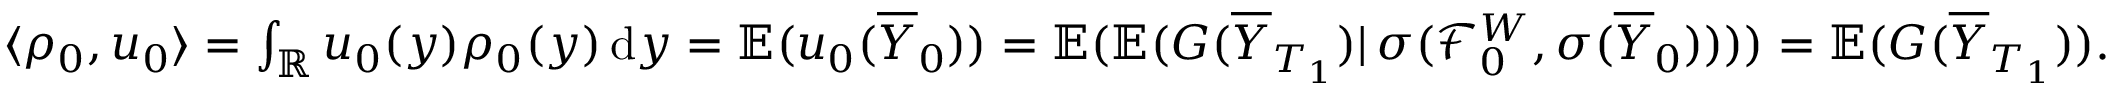
\begin{array} { r } { \langle \rho _ { 0 } , u _ { 0 } \rangle = \int _ { \mathbb { R } } u _ { 0 } ( y ) \rho _ { 0 } ( y ) \, \mathrm { d } y = \mathbb { E } ( u _ { 0 } ( \overline { { Y } } _ { 0 } ) ) = \mathbb { E } ( \mathbb { E } ( G ( \overline { { Y } } _ { T _ { 1 } } ) | \, \sigma ( \mathcal { F } _ { 0 } ^ { W } , \sigma ( \overline { { Y } } _ { 0 } ) ) ) ) = \mathbb { E } ( G ( \overline { { Y } } _ { T _ { 1 } } ) ) . } \end{array}